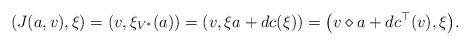
LaTeX: \begin{gather*}(J(a,v),\xi)=(v,\xi_{V^*}(a))=(v,\xi a+dc(\xi))=\big(v\diamond a+dc^\top(v),\xi\big).\end{gather*}